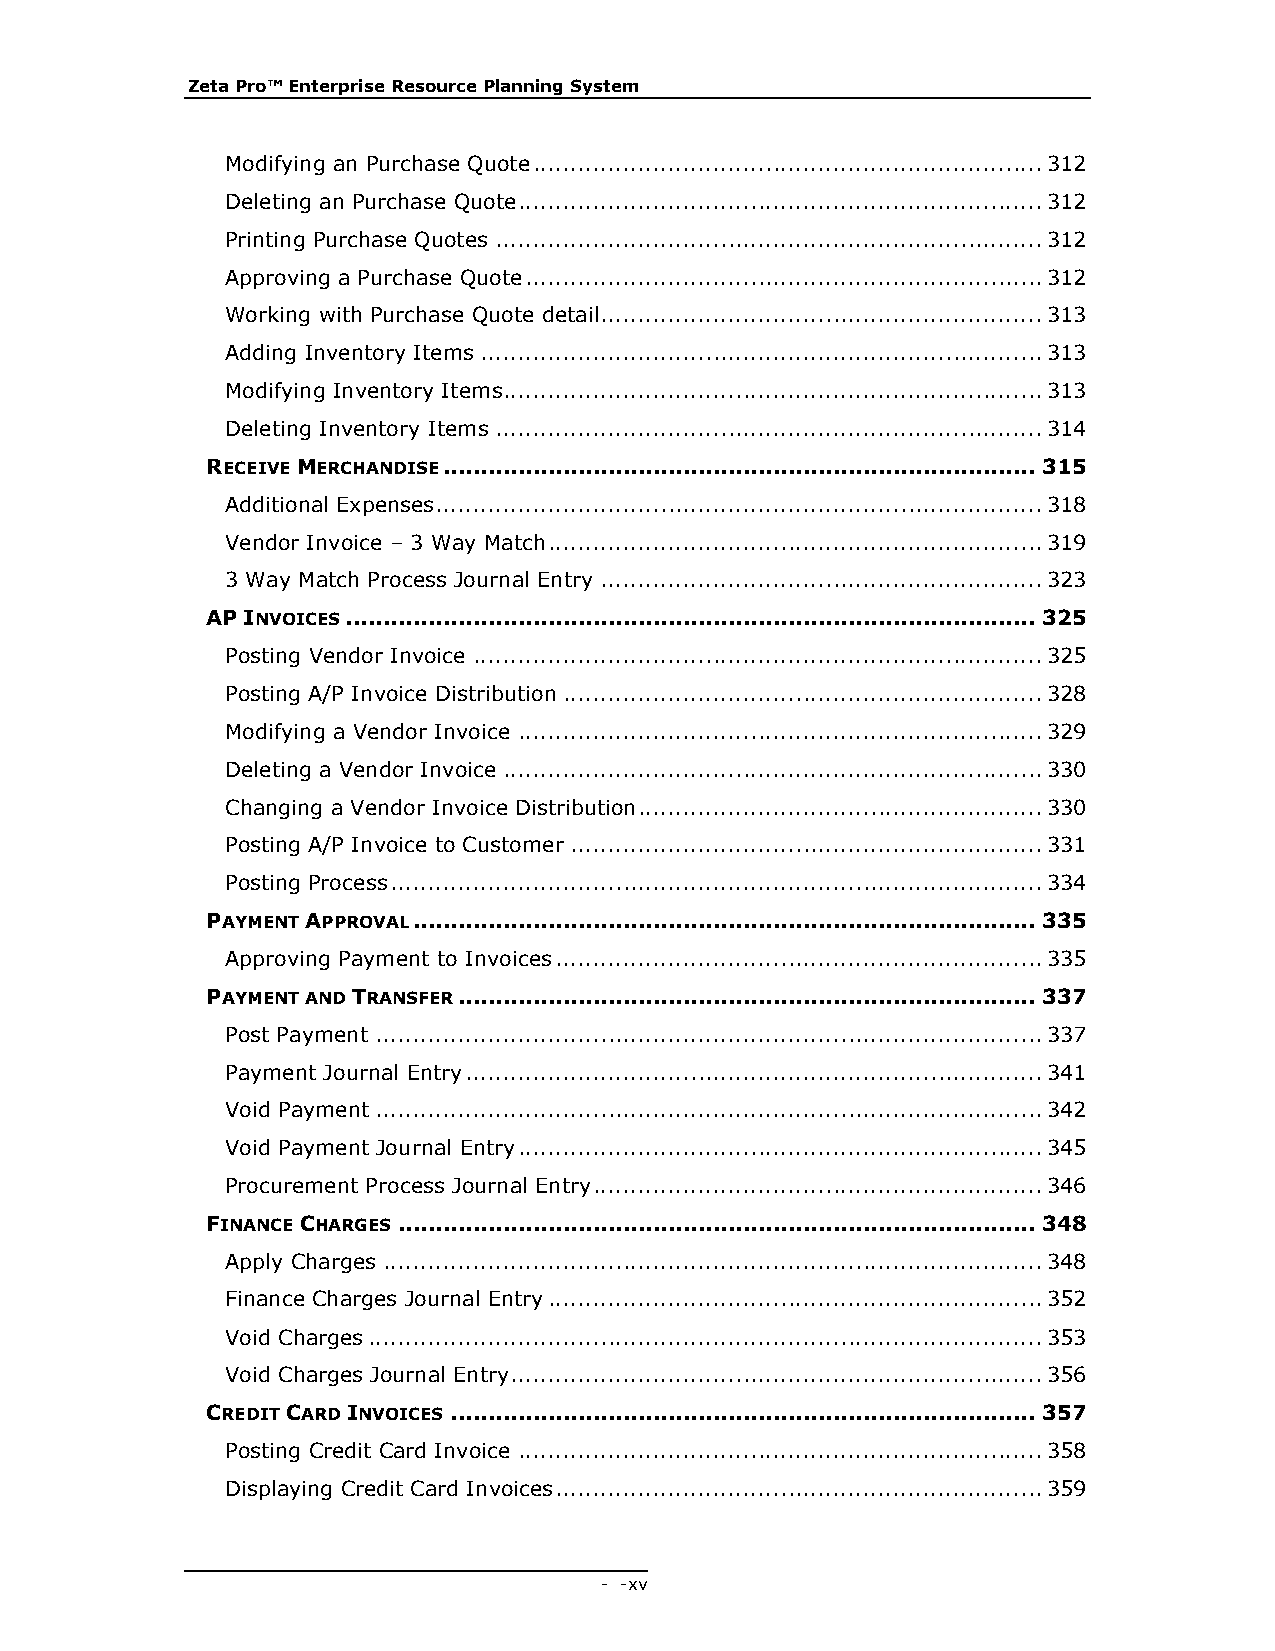
Zeta Pro™ Enterprise Resource Planning System
 Modifying an Purchase Quote .................................................................... 312
 Deleting an Purchase Quote ...................................................................... 312
 Printing Purchase Quotes ......................................................................... 312
 Approving a Purchase Quote ..................................................................... 312
 Working with Purchase Quote detail ........................................................... 313
 Adding Inventory Items ........................................................................... 313
 Modifying Inventory Items........................................................................ 313
 Deleting Inventory Items ......................................................................... 314
 RECEIVE MERCHANDISE ............................................................................... 315
 Additional Expenses ................................................................................. 318
 Vendor Invoice – 3 Way Match .................................................................. 319
 3 Way Match Process Journal Entry ........................................................... 323
 AP INVOICES ............................................................................................ 325
 Posting Vendor Invoice ............................................................................ 325
 Posting A/P Invoice Distribution ................................................................ 328
 Modifying a Vendor Invoice ...................................................................... 329
 Deleting a Vendor Invoice ........................................................................ 330
 Changing a Vendor Invoice Distribution ...................................................... 330
 Posting A/P Invoice to Customer ............................................................... 331
 Posting Process ....................................................................................... 334
 PAYMENT APPROVAL ................................................................................... 335
 Approving Payment to Invoices ................................................................. 335
 PAYMENT AND TRANSFER ............................................................................. 337
 Post Payment ......................................................................................... 337
 Payment Journal Entry ............................................................................. 341
 Void Payment ......................................................................................... 342
 Void Payment Journal Entry ...................................................................... 345
 Procurement Process Journal Entry ............................................................ 346
 FINANCE CHARGES ..................................................................................... 348
 Apply Charges ........................................................................................ 348
 Finance Charges Journal Entry .................................................................. 352
 Void Charges .......................................................................................... 353
 Void Charges Journal Entry ....................................................................... 356
 CREDIT CARD INVOICES .............................................................................. 357
 Posting Credit Card Invoice ...................................................................... 358
 Displaying Credit Card Invoices ................................................................. 359
 - - xv